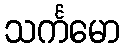
သင်္ကမော